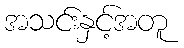
အသင်းနှင့်အတူ